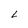
Character: L